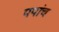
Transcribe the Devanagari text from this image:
पपांच